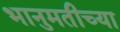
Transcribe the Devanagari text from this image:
भानुमतीच्या